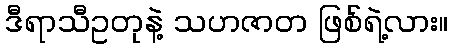
ဒီရာသီဥတုနဲ့ သဟဇာတ ဖြစ်ရဲ့လား။